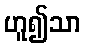
ဟူ၍သာ